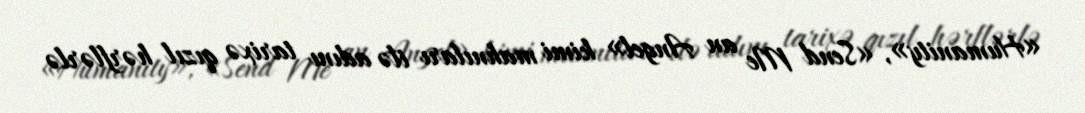
«Humanity», «Send Me an Angel» kimi mahnıları ilə adını tarixə qızıl hərflərlə